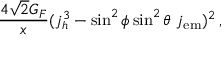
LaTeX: \frac { 4 \sqrt { 2 } G _ { F } } { x } ( j _ { h } ^ { 3 } - \sin ^ { 2 } \phi \sin ^ { 2 } \theta \ j _ { \mathrm { { e m } } } ) ^ { 2 } \, ,